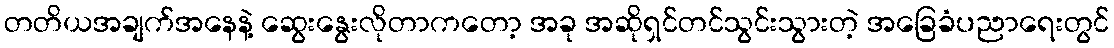
တတိယအချက်အနေနဲ့ ဆွေးနွေးလိုတာကတော့ အခု အဆိုရှင်တင်သွင်းသွားတဲ့ အခြေခံပညာရေးတွင်